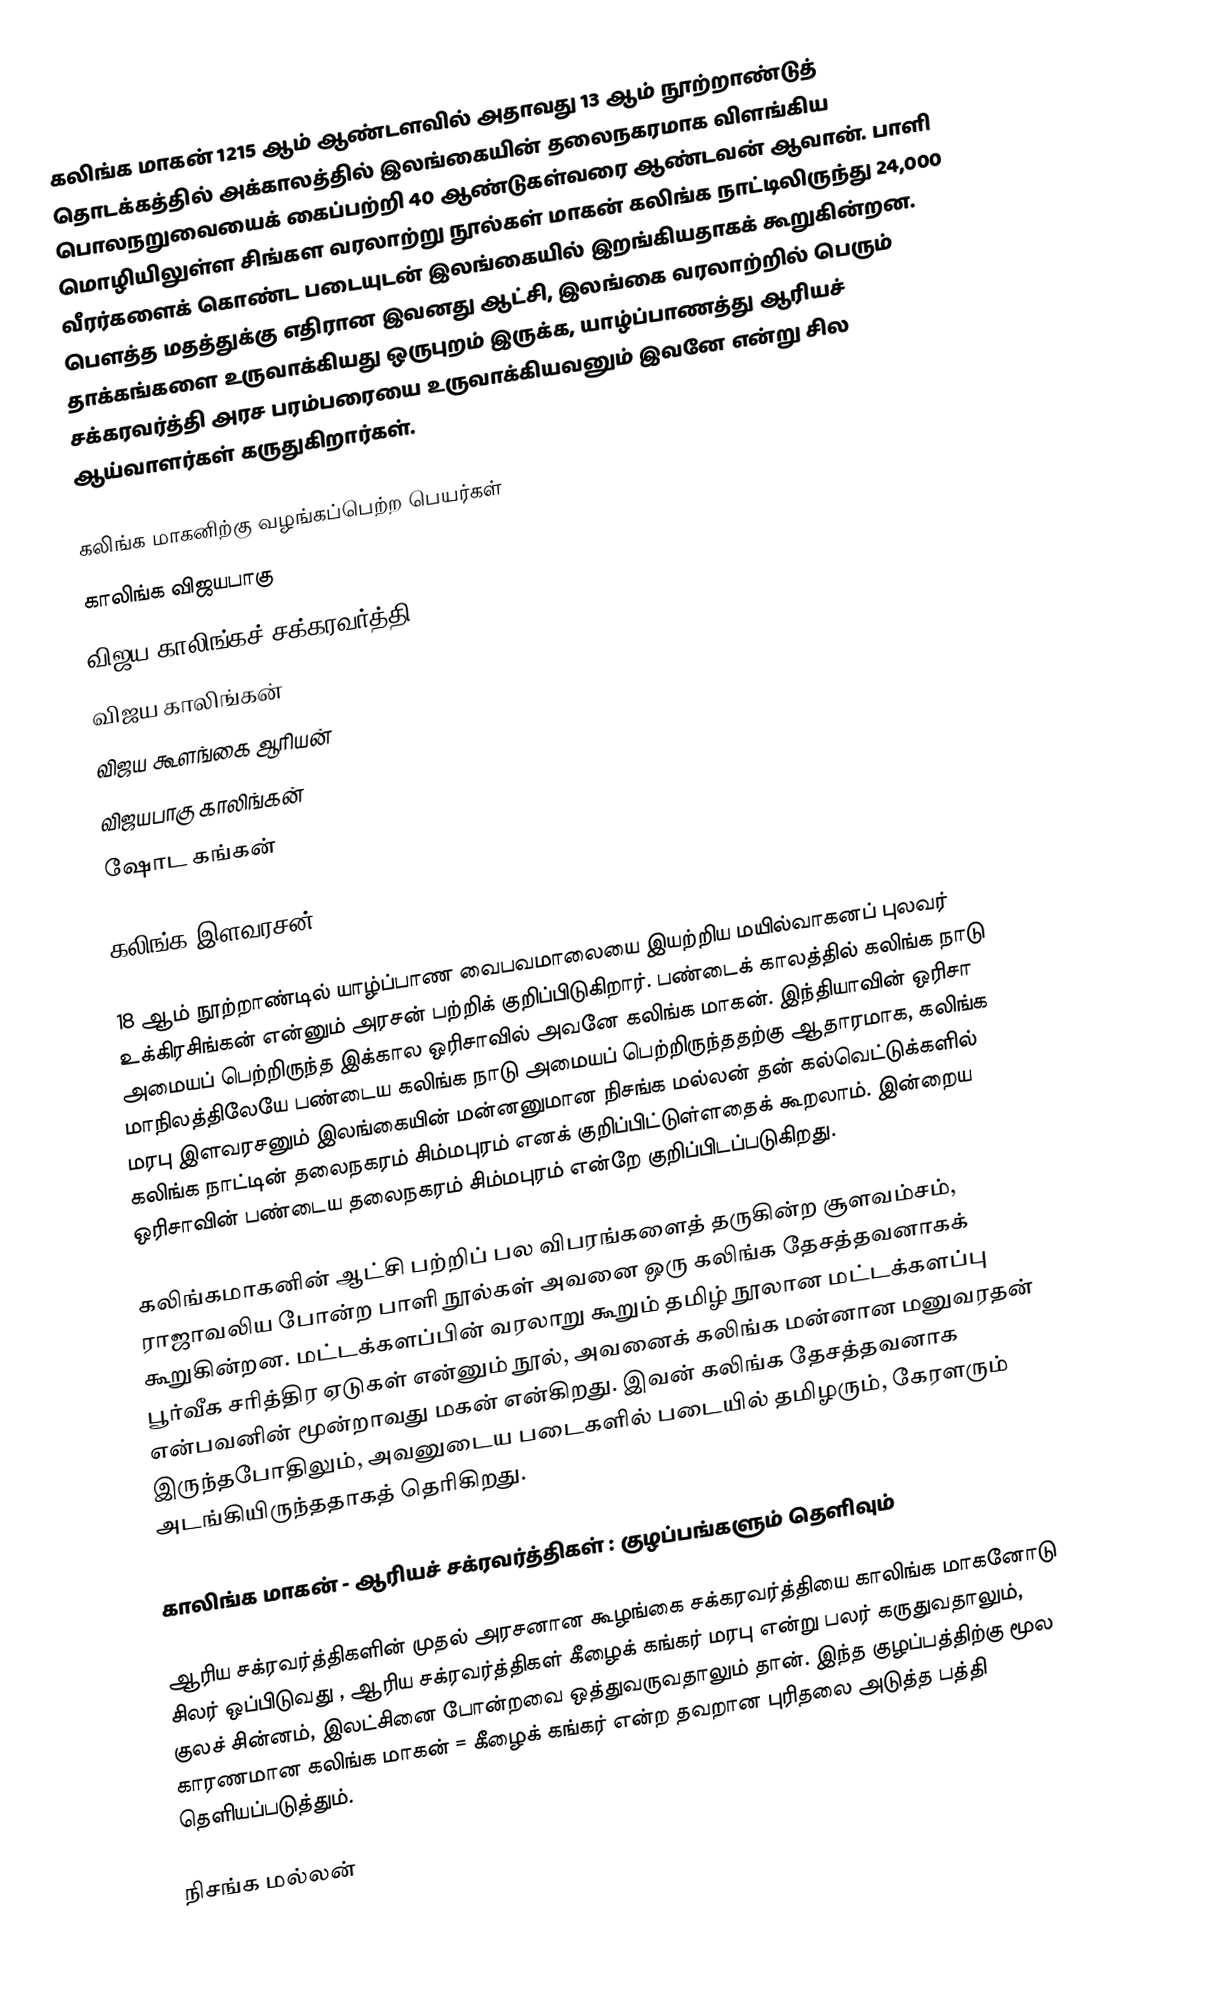
கலிங்க மாகன் 1215 ஆம் ஆண்டளவில் அதாவது 13 ஆம் நூற்றாண்டுத் தொடக்கத்தில் அக்காலத்தில் இலங்கையின் தலைநகரமாக விளங்கிய பொலநறுவையைக் கைப்பற்றி 40 ஆண்டுகள்வரை ஆண்டவன் ஆவான். பாளி மொழியிலுள்ள சிங்கள வரலாற்று நூல்கள் மாகன் கலிங்க நாட்டிலிருந்து 24,000 வீரர்களைக் கொண்ட படையுடன் இலங்கையில் இறங்கியதாகக் கூறுகின்றன. பௌத்த மதத்துக்கு எதிரான இவனது ஆட்சி, இலங்கை வரலாற்றில் பெரும் தாக்கங்களை உருவாக்கியது ஒருபுறம் இருக்க, யாழ்ப்பாணத்து ஆரியச் சக்கரவர்த்தி அரச பரம்பரையை உருவாக்கியவனும் இவனே என்று சில ஆய்வாளர்கள் கருதுகிறார்கள்.

கலிங்க மாகனிற்கு வழங்கப்பெற்ற பெயர்கள்
காலிங்க விஜயபாகு
விஜய காலிங்கச் சக்கரவர்த்தி
விஜய காலிங்கன்
விஜய கூளங்கை ஆரியன்
விஜயபாகு காலிங்கன்
ஷோட கங்கன்

கலிங்க இளவரசன்

18 ஆம் நூற்றாண்டில் யாழ்ப்பாண வைபவமாலையை இயற்றிய மயில்வாகனப் புலவர் உக்கிரசிங்கன் என்னும் அரசன் பற்றிக் குறிப்பிடுகிறார். பண்டைக் காலத்தில் கலிங்க நாடு அமையப் பெற்றிருந்த இக்கால ஒரிசாவில் அவனே கலிங்க மாகன். இந்தியாவின் ஒரிசா மாநிலத்திலேயே பண்டைய கலிங்க நாடு அமையப் பெற்றிருந்ததற்கு ஆதாரமாக, கலிங்க மரபு இளவரசனும் இலங்கையின் மன்னனுமான நிசங்க மல்லன் தன் கல்வெட்டுக்களில் கலிங்க நாட்டின் தலைநகரம் சிம்மபுரம் எனக் குறிப்பிட்டுள்ளதைக் கூறலாம். இன்றைய ஒரிசாவின் பண்டைய தலைநகரம் சிம்மபுரம் என்றே குறிப்பிடப்படுகிறது.

கலிங்கமாகனின் ஆட்சி பற்றிப் பல விபரங்களைத் தருகின்ற சூளவம்சம், ராஜாவலிய போன்ற பாளி நூல்கள் அவனை ஒரு கலிங்க தேசத்தவனாகக் கூறுகின்றன. மட்டக்களப்பின் வரலாறு கூறும் தமிழ் நூலான மட்டக்களப்பு பூர்வீக சரித்திர ஏடுகள் என்னும் நூல், அவனைக் கலிங்க மன்னான மனுவரதன் என்பவனின் மூன்றாவது மகன் என்கிறது. இவன் கலிங்க தேசத்தவனாக இருந்தபோதிலும், அவனுடைய படைகளில் படையில் தமிழரும், கேரளரும் அடங்கியிருந்ததாகத் தெரிகிறது.

காலிங்க மாகன் - ஆரியச் சக்ரவர்த்திகள் : குழப்பங்களும் தெளிவும்

ஆரிய சக்ரவர்த்திகளின் முதல் அரசனான கூழங்கை சக்கரவர்த்தியை காலிங்க மாகனோடு சிலர் ஒப்பிடுவது , ஆரிய சக்ரவர்த்திகள் கீழைக் கங்கர் மரபு என்று பலர் கருதுவதாலும், குலச் சின்னம், இலட்சினை போன்றவை ஒத்துவருவதாலும் தான். இந்த குழப்பத்திற்கு மூல காரணமான கலிங்க மாகன் = கீழைக் கங்கர் என்ற தவறான புரிதலை அடுத்த பத்தி தெளியப்படுத்தும்.

நிசங்க மல்லன்